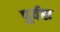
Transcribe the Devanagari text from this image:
पुर्वस